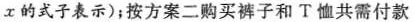
x的式子表示)；按方案二购买裤子和T恤共需付款